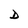
Character: D